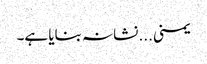
یمنی... نشانہ بنایا ہے۔